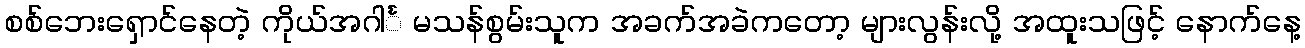
စစ်ဘေးရှောင်နေတဲ့ ကိုယ်အဂါင်္ မသန်စွမ်းသူက အခက်အခဲကတော့ များလွန်းလို့ အထူးသဖြင့် နောက်နေ့